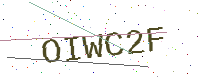
Text: OIWC2F